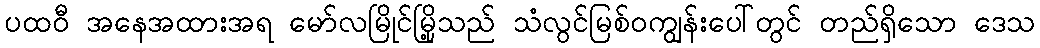
ပထဝီ အနေအထားအရ မော်လမြိုင်မြို့သည် သံလွင်မြစ်ဝကျွန်းပေါ်တွင် တည်ရှိသော ဒေသ